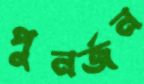
পুনর্জন